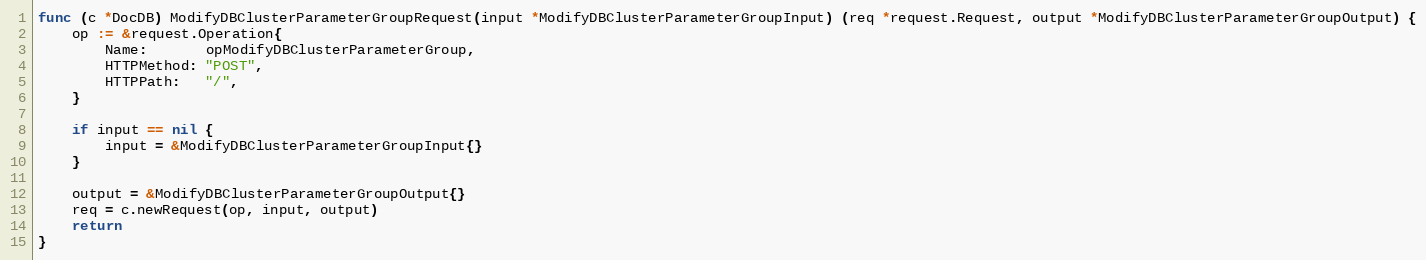
Language: Go
func (c *DocDB) ModifyDBClusterParameterGroupRequest(input *ModifyDBClusterParameterGroupInput) (req *request.Request, output *ModifyDBClusterParameterGroupOutput) {
	op := &request.Operation{
		Name:       opModifyDBClusterParameterGroup,
		HTTPMethod: "POST",
		HTTPPath:   "/",
	}

	if input == nil {
		input = &ModifyDBClusterParameterGroupInput{}
	}

	output = &ModifyDBClusterParameterGroupOutput{}
	req = c.newRequest(op, input, output)
	return
}